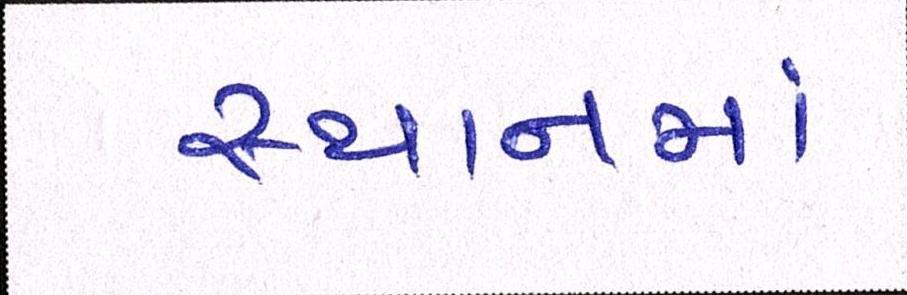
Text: સ્થાનમાં